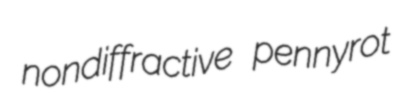
nondiffractive pennyrot